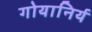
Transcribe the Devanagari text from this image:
गोयानिर्य